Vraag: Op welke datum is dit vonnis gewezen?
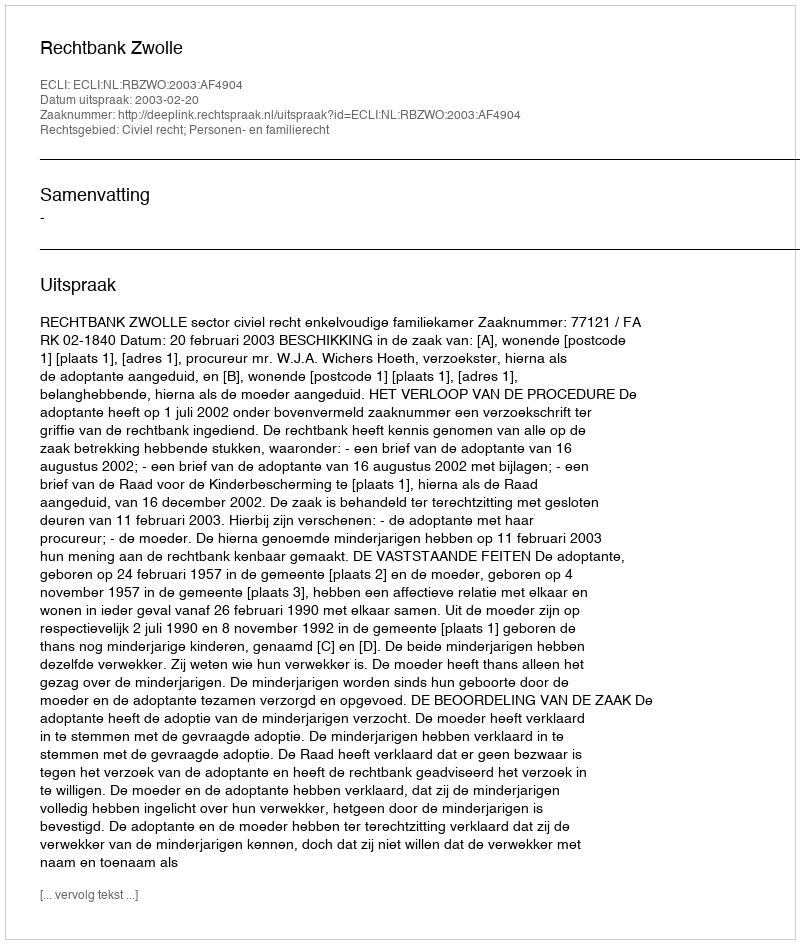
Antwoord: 2003-02-20